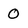
Character: 0